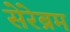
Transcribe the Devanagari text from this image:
सेरेब्रम